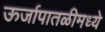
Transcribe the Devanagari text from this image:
ऊर्जापातळीमध्ये